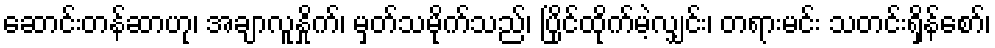
ဆောင်းတန်ဆာဟု၊ အချာလူနှိုက်၊ မှတ်သမိုက်သည်၊ ပြိုင်ထိုက်မဲ့လျှင်း၊ တရားမင်း သတင်းရှိန်စော်၊